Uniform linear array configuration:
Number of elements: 64
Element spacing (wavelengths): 1
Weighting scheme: binomial
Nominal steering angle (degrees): -60
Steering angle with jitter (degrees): -59.355
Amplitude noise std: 0.05
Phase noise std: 0.05

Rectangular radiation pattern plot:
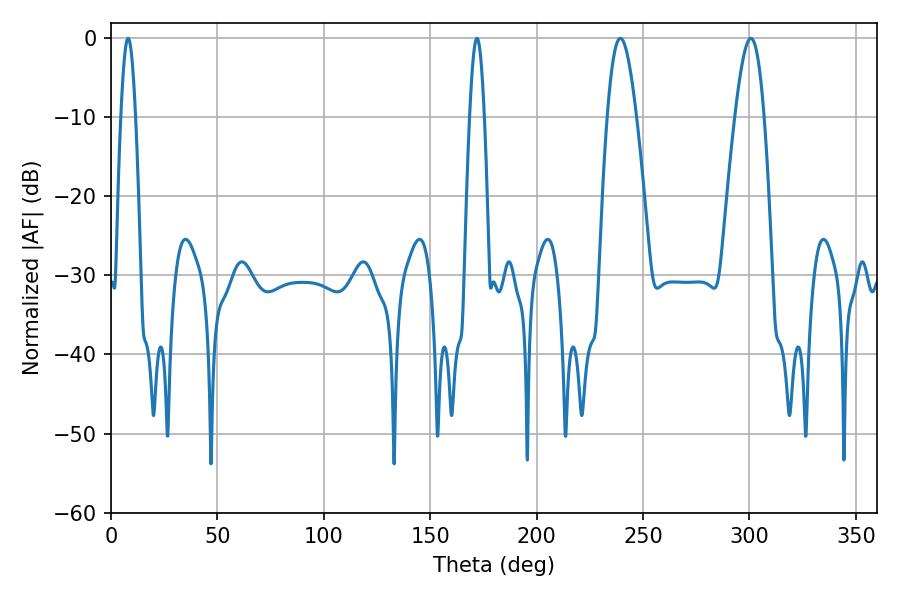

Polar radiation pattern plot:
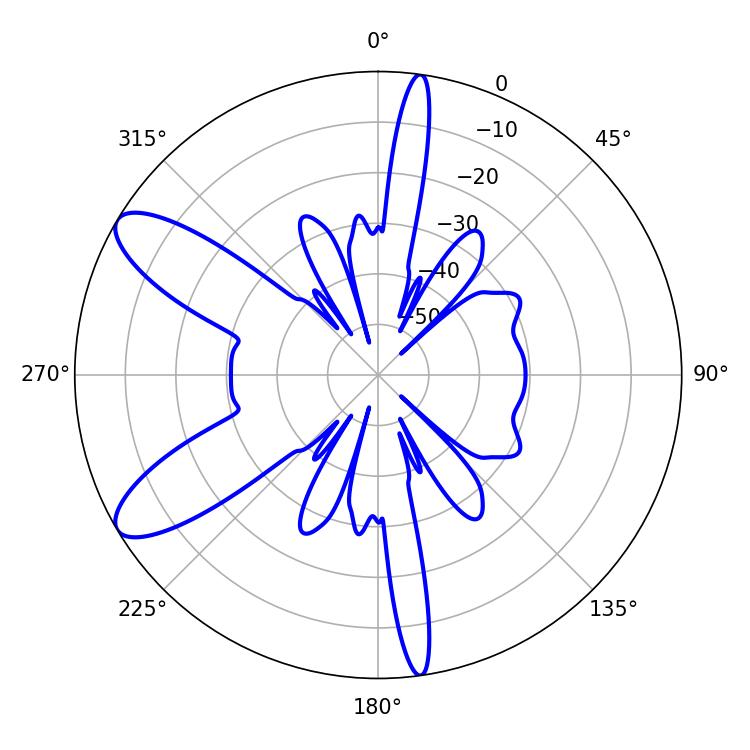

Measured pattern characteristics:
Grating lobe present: TRUE
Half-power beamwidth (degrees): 7.38
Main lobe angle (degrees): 239.4